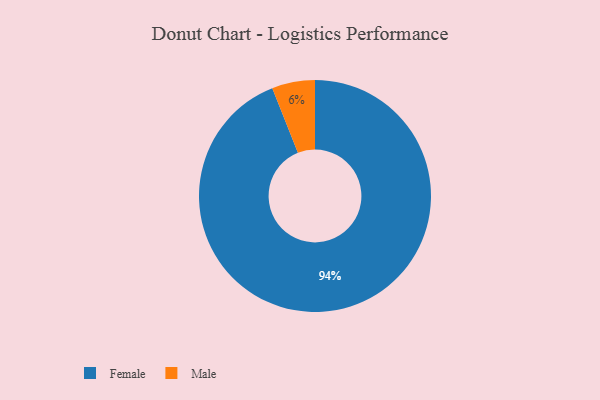
{"axis": {"x": "Category", "y": "Percentage"}, "legend": ["Female", "Male"], "data": [{"x": "Male", "y": 6, "type": "Male"}, {"x": "Female", "y": 94, "type": "Female"}]}